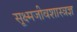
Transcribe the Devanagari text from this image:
सूक्ष्मजीवशास्त्रज्ञ